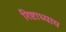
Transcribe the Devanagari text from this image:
रिष्टाध्याय